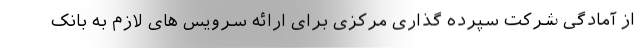
از آمادگی شرکت سپرده گذاری مرکزی برای ارائه سرویس های لازم به بانک